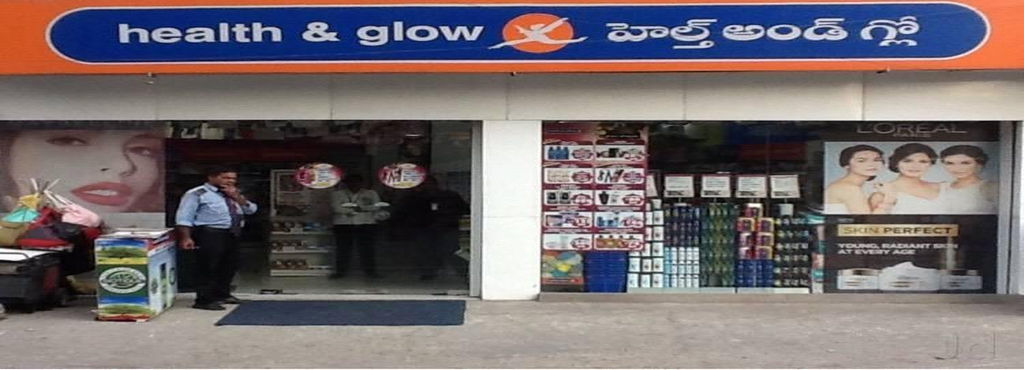
Language: telugu
Transcription: అండ్ గ్లో హల్త్